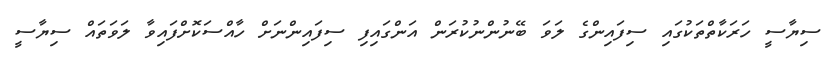
ސިޔާސީ ހަރަކާތްތަކުގައި ސިފައިންގެ ލަވަ ބޭނުންނުކުރަން އަންގައިފި ސިފައިންނަށް ހާއްސަކޮށްފައިވާ ލަވަތައް ސިޔާސީ